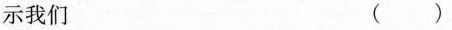
示我们 ( )